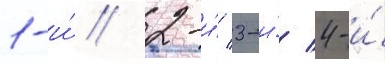
1-и́/ 2-и́/ 3-и́/ 4-и́